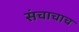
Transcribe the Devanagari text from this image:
संचाचाच